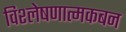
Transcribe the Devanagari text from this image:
विश्लेषणात्मकबन